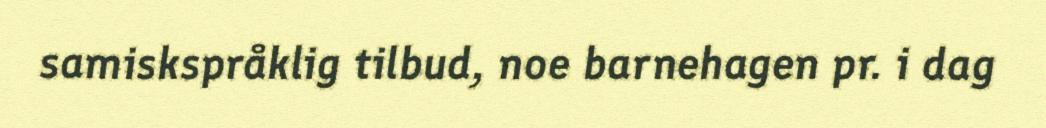
samiskspråklig tilbud, noe barnehagen pr. i dag